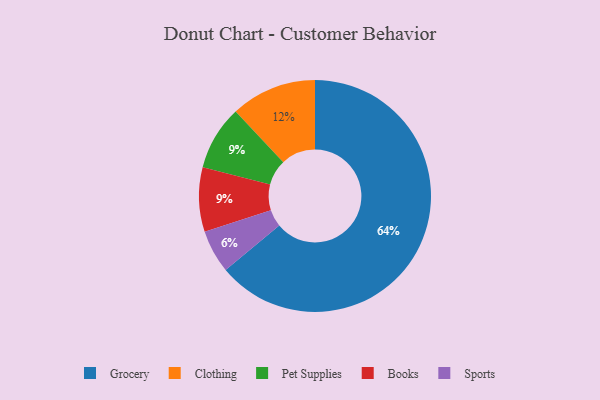
{"axis": {"x": "Category", "y": "Percentage"}, "legend": ["Books", "Clothing", "Grocery", "Pet Supplies", "Sports"], "data": [{"x": "Clothing", "y": 12, "type": "Clothing"}, {"x": "Pet Supplies", "y": 9, "type": "Pet Supplies"}, {"x": "Grocery", "y": 64, "type": "Grocery"}, {"x": "Sports", "y": 6, "type": "Sports"}, {"x": "Books", "y": 9, "type": "Books"}]}